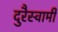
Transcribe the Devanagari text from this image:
दुरैस्वामी